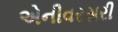
એનીવરસરી